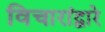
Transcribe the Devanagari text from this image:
विचारांद्वारे